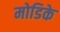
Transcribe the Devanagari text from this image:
मोडिके